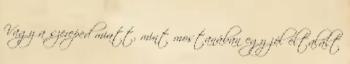
Vagy a szereped miatt, mint mostanában egy jól eltalált